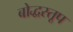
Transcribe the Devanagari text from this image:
बोद्धस्तूप